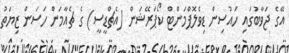
އޭގެ ޖަވާބުގައި ހައުސިން ޑިވެލޮޕްމަންޓް ކޯޕަރޭޝަން (އެޗްޑީސީ) ގެ ޗެއާމަން ހަސަން ޒިޔަތު